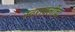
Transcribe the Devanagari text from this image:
स्वरावलींचा